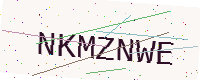
Text: NKMZNWE